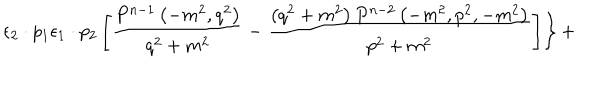
LaTeX: \left. { { \epsilon } _ { 2 } \cdot p _ { 1 } { \epsilon } _ { 1 } \cdot p _ { 2 } \left[ \frac { P ^ { n - 1 } \left( - m ^ { 2 } , q ^ { 2 } \right) } { q ^ { 2 } + m ^ { 2 } } - \frac { \left( q ^ { 2 } + m ^ { 2 } \right) P ^ { n - 2 } \left( - m ^ { 2 } , p ^ { 2 } , - m ^ { 2 } \right) } { p ^ { 2 } + m ^ { 2 } } \right] } \right\} +